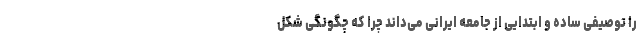
را توصیفی ساده و ابتدایی از جامعه ایرانی می‌داند چرا که چگونگی شکل